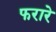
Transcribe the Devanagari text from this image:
फरारे